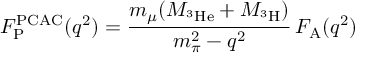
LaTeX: F _ { \mathrm { P } } ^ { \mathrm { P C A C } } ( q ^ { 2 } ) = \frac { m _ { \mu } ( M _ { ^ 3 \mathrm { H e } } + M _ { ^ 3 \mathrm { H } } ) } { m _ { \pi } ^ { 2 } - q ^ { 2 } } \, F _ { \mathrm { A } } ( q ^ { 2 } ) \ \,